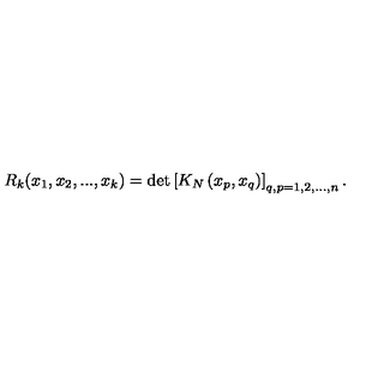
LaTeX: R _ { k } ( x _ { 1 } , x _ { 2 } , . . . , x _ { k } ) = \det \left[ K _ { N } \left( x _ { p } , x _ { q } \right) \right] _ { q , p = 1 , 2 , . . . , n } .